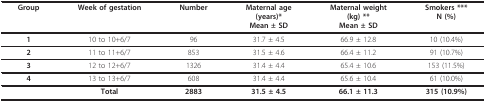
| Group | Week of gestation | Number | Maternal age(years)*Mean ± SD | Maternal weight(kg) **Mean ± SD | Smokers ***N (%) |
 | --- | --- | --- | --- | --- | --- |
 | 1 | 10 to 10+6/7 | 96 | 31.7 ± 4.5 | 66.9 ± 12.8 | 10 (10.4%) |
 | 2 | 11 to 11+6/7 | 853 | 31.5 ± 4.6 | 66.4 ± 11.2 | 91 (10.7%) |
 | 3 | 12 to 12+6/7 | 1326 | 31.4 ± 4.4 | 65.4 ± 10.6 | 153 (11.5%) |
 | 4 | 13 to 13+6/7 | 608 | 31.4 ± 4.4 | 65.6 ± 10.4 | 61 (10.0%) |
 |  | Total | 2883 | 31.5 ± 4.5 | 66.1 ± 11.3 | 315 (10.9%) |